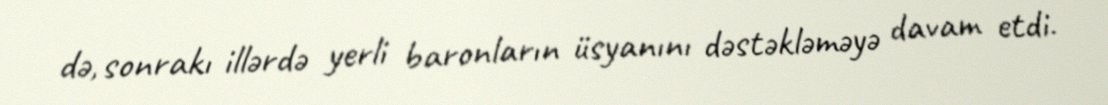
də, sonrakı illərdə yerli baronların üsyanını dəstəkləməyə davam etdi.